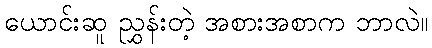
ယောင်းဆူ ညွှန်းတဲ့ အစားအစာက ဘာလဲ။